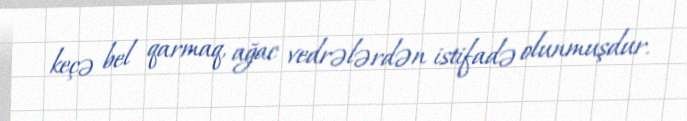
keçə bel qarmaq, ağac vedrələrdən istifadə olunmuşdur.